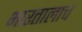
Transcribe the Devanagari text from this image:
भारतालाच